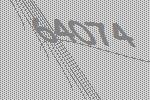
64074